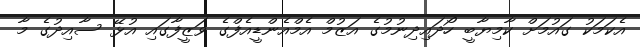
އެކަމަކު ގައުމަށް ކާމިޔާބީ ހޯދައިދިނުމުގެ އަޒުމްް އެމްއެންޑީއެފްގެ ވަޒީފާގައި އުޅޭ ސާއިދުގެ މާ